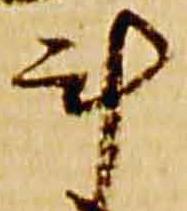
斗